system: You are a helpful assistant.
user:
Analyze the provided spectrum to determine if it is a **Carbon Star (C-type)**.

- **Key Visual Indicators of Carbon Star:**
    - **(Primary):** Strong molecular absorption from **C₂ (diatomic carbon) "Swan Bands."** This is the **defining feature** of a carbon star.
        - **(Key Bandheads):** Sharp absorption edges are visible at approximately $5635$ Å, $5165$ Å (the strongest band), and $4737$ Å.
        - **(Line Profile):** Creates a distinct **"saw-tooth"** pattern. The key morphology is a sharp, steep bandhead on the **red (long-wavelength) side**, which then gradually tapers off (i.e., flux recovers) towards the **blue (short-wavelength) side**. *(This is the direct opposite of the TiO bands seen in M-type stars)*.

    - **(Secondary):** Intense **CN (cyanogen)** molecular absorption bands.
        - **(Key Bandheads):** Located in the blue and violet regions of the spectrum (e.g., near $4215$ Å and $3883$ Å).
        - **(Morphology):** These bands are extremely broad and act as a "blanket," absorbing the vast majority of blue and violet light. This creates a characteristic **"cliff"** or **"steep drop-off"** in the spectrum's flux at short wavelengths.

    - **(Key Confirmation):** Strong **CH absorption band (G-band)**.
        - **(Key Bandhead):** Located around $4300$ Å. The contribution from CH molecules to this band is exceptionally strong.

    - **(Overall Spectrum):**
        - The continuum is severely "chopped up" by these deep molecular bands, especially C₂, rather than appearing as a smooth curve.
        - Due to the heavy CN and C₂ absorption in the blue-green, the vast majority of the star's flux is concentrated in the red part of the spectrum, giving the star its characteristic deep red color.

Think first, call **spectral_visualization_tool** if needed to examine features in detail, then provide your final answer. Your response must adhere to the following strict rules:
1.  **Overall Structure:** Your response must follow the format `<think>...</think> <tool_call>...</tool_call> (if a tool is used) <answer>...</answer>`.
2.  **Tool Usage Constraint:** You may only make **one** tool call per turn.
3.  **Final Answer Format:** In the `<answer>` tag, your conclusion must be inside a `\boxed{}` command (e.g., `\boxed{YES}`), followed by your justification.

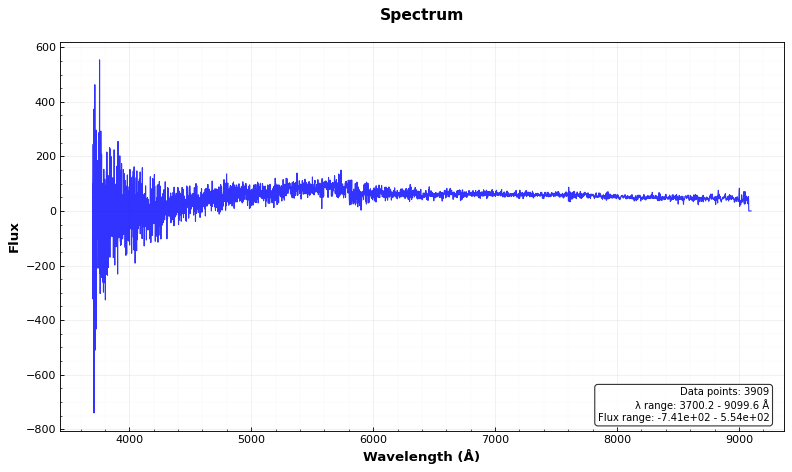
Answer: NO